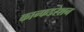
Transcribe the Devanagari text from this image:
कान्फडरेशन